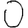
Digit: 0